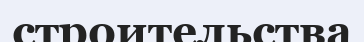
строительства